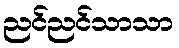
ညင်ညင်သာသာ